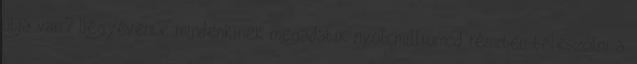
útja van? Négyévente mindenkinek megadatik nyolcmilliomod részben beleszólni a